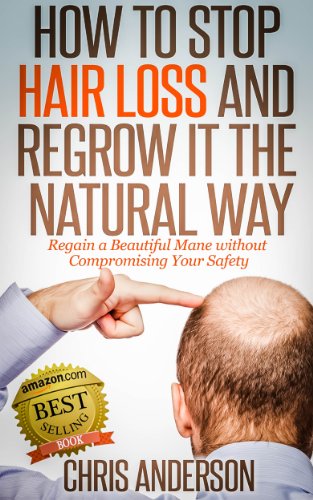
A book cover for How to Stop Hair Loss and Regrow It the Natural Way: Regain a Beautiful Mane without Compromising Your Safety; Chris Anderson; Health, Fitness & Dieting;